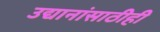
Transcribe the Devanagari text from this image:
उद्यानांसाठीही